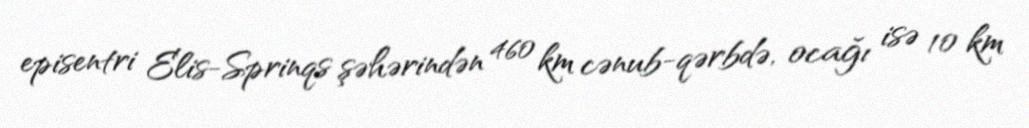
episentri Elis-Sprinqs şəhərindən 460 km cənub-qərbdə, ocağı isə 10 km